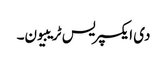
دی ایکسپریس ٹریبیون۔